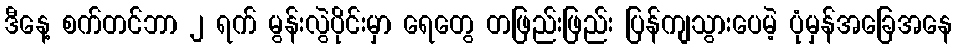
ဒီနေ့ စက်တင်ဘာ ၂ ရက် မွန်းလွဲပိုင်းမှာ ရေတွေ တဖြည်းဖြည်း ပြန်ကျသွားပေမဲ့ ပုံမှန်အခြေအနေ